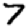
Digit: 7